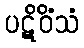
ပဋိဝိံသံ